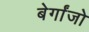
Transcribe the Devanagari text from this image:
बेर्गांजो